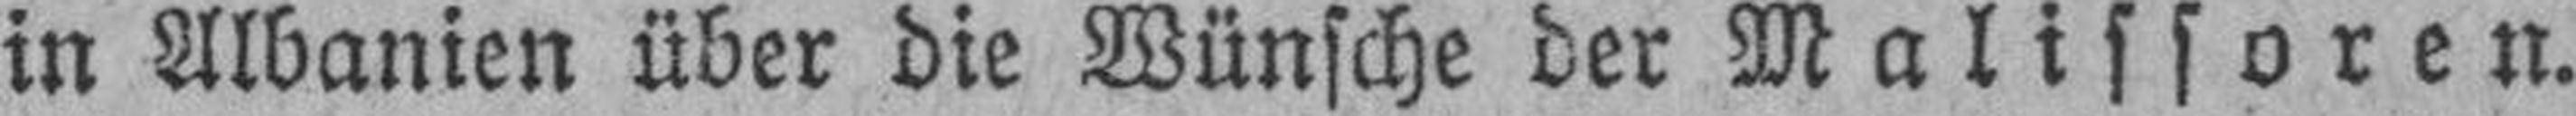
in Albanien über die Wünsche der Malissoren.